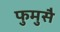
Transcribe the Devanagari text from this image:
फुमुसै